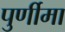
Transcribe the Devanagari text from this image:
पुर्णीमा